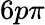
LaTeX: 6p\pi